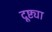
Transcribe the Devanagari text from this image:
दूष्ट्या